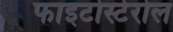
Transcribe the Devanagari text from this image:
फाइटोस्टेरोल